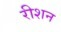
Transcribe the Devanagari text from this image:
रीशन